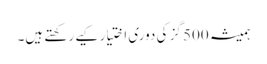
ہمیشہ 500 گز کی دوری اختیار کیے رکھتے ہیں۔